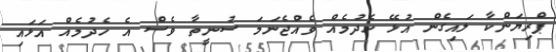
ޕްރިޔަންކާ ލައިގެން އުޅޭ ހެދުމެއް ވެއްޖެނަމަ ސުނީތާ ވެސް އެ ހެދުމެއް އަޅައި